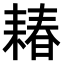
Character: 𫅽